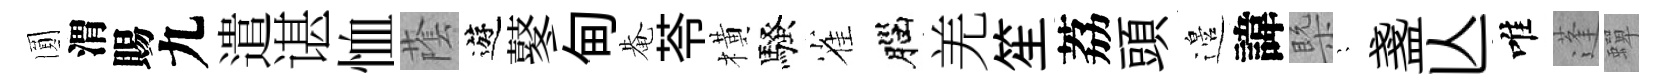
圎渭賜九遣谌恤䕃遊鼕甸𤲅苓橫騷雀腦羌笙荔頭邉諱槩隠盞亾唯蓬蟬